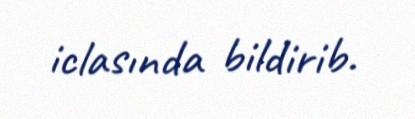
iclasında bildirib.